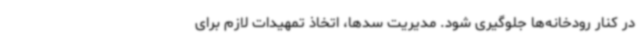
در کنار رودخانه‌ها جلوگیری شود. مدیریت سدها، اتخاذ تمهیدات لازم برای